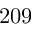
2 0 9